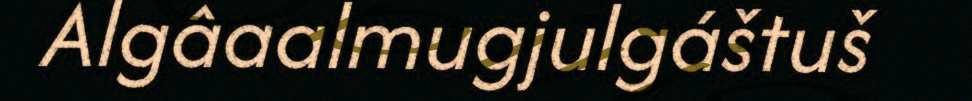
Algâaalmugjulgáštuš